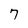
Character: 7